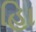
હાિ